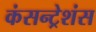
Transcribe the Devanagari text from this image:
कंसन्ट्रेशंस